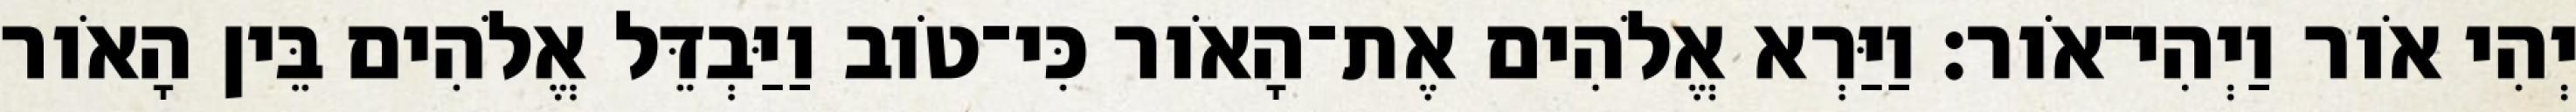
יְהִי אֹור וַיְהִי־אֹור׃ וַיַּרְא אֱלֹהִים אֶת־הָאֹור כִּי־טֹוב וַיַּבְדֵּל אֱלֹהִים בֵּין הָאֹור